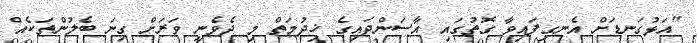
"އަޅުގަނޑަށް އެނގިފައިވާ ގޮތުގައި އާސަންދައިގެ ޚިދުމަތް މި ދެވެނީ ވަރަށް ގިނަ ބެލުންތަކެއް